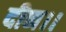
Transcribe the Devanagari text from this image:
दीन।।